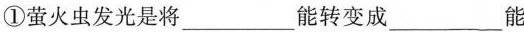
①萤火虫发光是将___能转变成___能